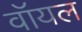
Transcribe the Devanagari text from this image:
वॉयल